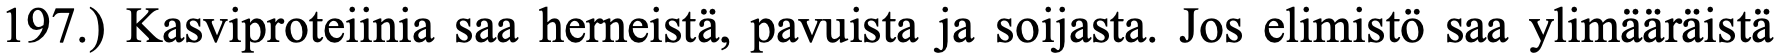
197.) Kasviproteiinia saa herneistä, pavuista ja soijasta. Jos elimistö saa ylimääräistä